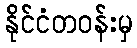
နိုင်ငံတဝန်းမှ